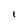
Character: I